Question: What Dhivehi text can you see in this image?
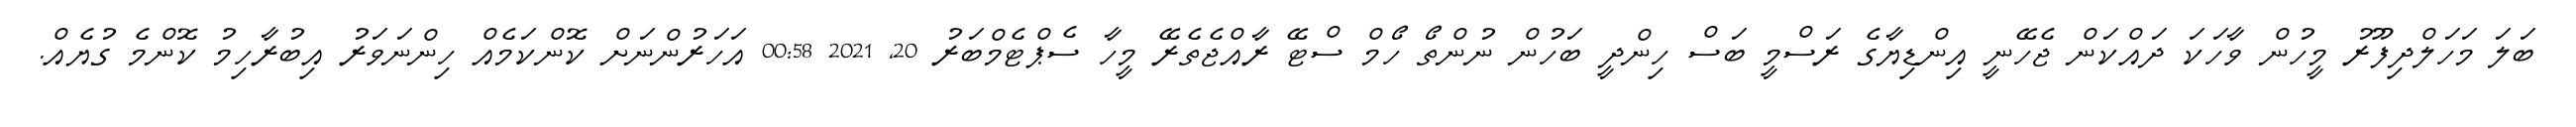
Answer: ބަލަ މަހަލްދިފޫރު މީހުން ވާހަކަ ދައްކަން ޖެހޭނީ އިންޑިޔާގެ ރަސްމީ ބަސް ހިންދީ ބަހުން ނުންތޯ ހޯމް ސްޓޭ ރާއްޖެތެރޭ މީހާ ސެޕްޓެމްބަރު 20, 2021 00:58 އަހަރުންނަށް ކޮންކަމެއް ހިންނަވަރު އިބުރާހިމު ކޮންމެ ގުޔެއް.